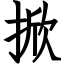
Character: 掀